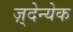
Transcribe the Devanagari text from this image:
ज़्देन्येक